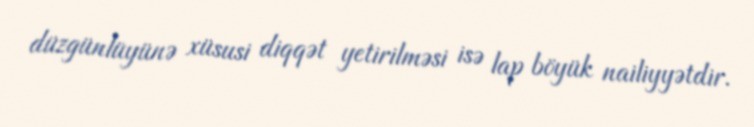
düzgünlüyünə xüsusi diqqət yetirilməsi isə lap böyük nailiyyətdir.